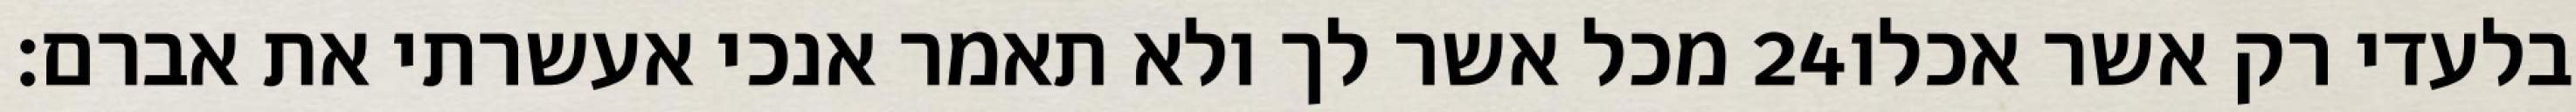
מכל אשר לך ולא תאמר אנכי אעשרתי את אברם׃ ‎24‏ בלעדי רק אשר אכלו